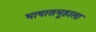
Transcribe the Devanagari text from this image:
भाषासमूहाला